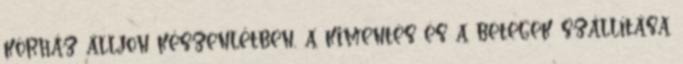
kórház álljon készenlétben, a kimentés és a betegek szállítása